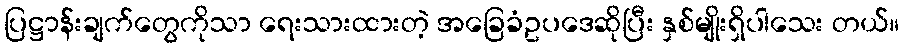
ပြဋ္ဌာန်းချက်တွေကိုသာ ရေးသားထားတဲ့ အခြေခံဥပဒေဆိုပြီး နှစ်မျိုးရှိပါသေး တယ်။